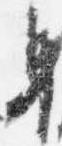
身